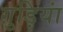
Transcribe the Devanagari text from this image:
ग़ुड़ियां